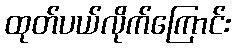
ထုတ်ပယ်လိုက်ကြောင်း